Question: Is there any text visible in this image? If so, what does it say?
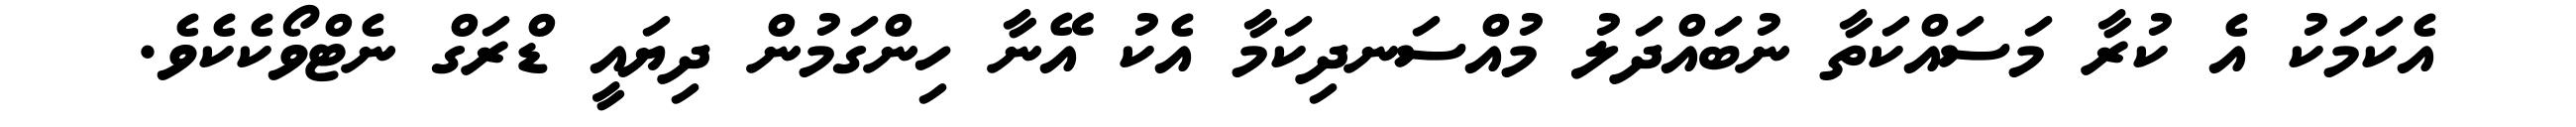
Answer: އެކަމަކު އެ ކުރާ މަސައްކަތާ ނުބައްދަލު މުއްސަނދިކަމާ އެކު އޭނާ ހިންގަމުން ދިޔައީ ޑްރަގް ނެޓްވޯކެކެވެ.